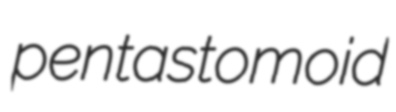
pentastomoid